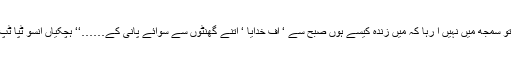
‘‘ ’ہوش ‘ مجھے تو سمجھ میں نہیں آ رہا کہ میں زندہ کیسے ہوں صبح سے ‘ اف خدایا ‘ اتنے گھنٹوں سے سوائے پانی کے……‘‘ ہچکیاں آنسو ٹپا ٹپ برس رہے تھے۔